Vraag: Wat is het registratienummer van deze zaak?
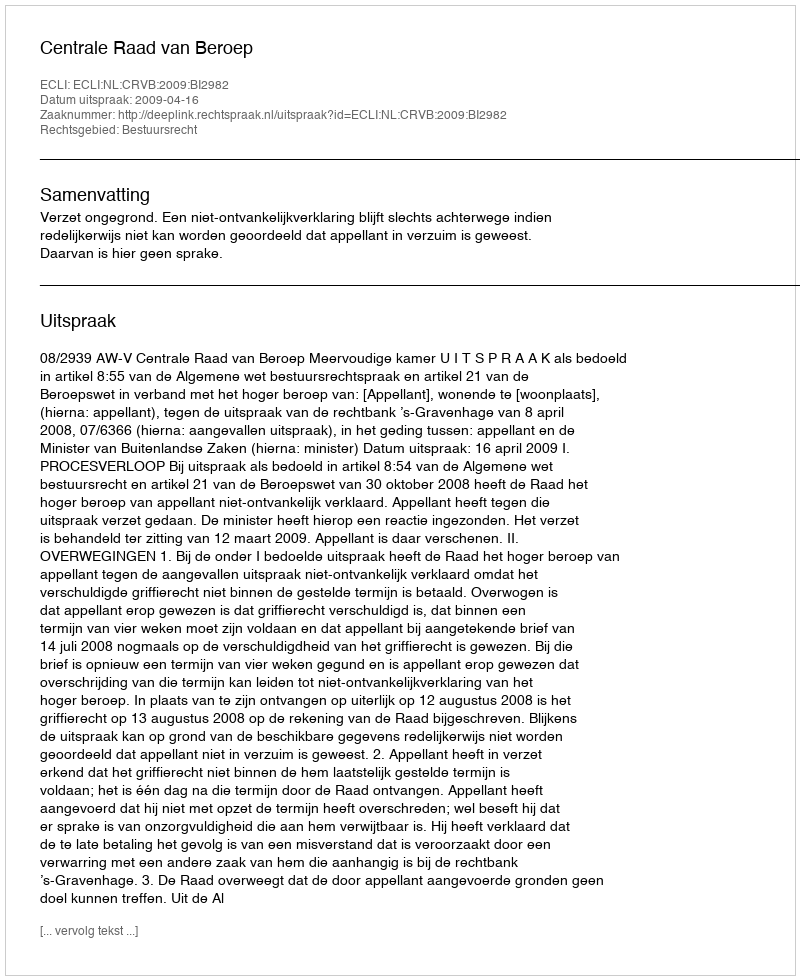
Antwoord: http://deeplink.rechtspraak.nl/uitspraak?id=ECLI:NL:CRVB:2009:BI2982